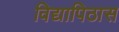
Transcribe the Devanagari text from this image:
विद्यापिठास